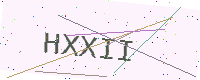
Text: HXXII